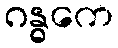
ဂန္ဓကေ